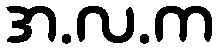
အ.လ.က